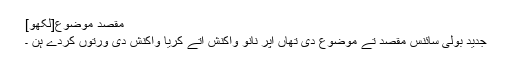
مقصد موضوع[لکھو]
جدید بولی سائنس مقصد تے موضوع دی تھاں اپر نانوَ واکنش اتے کریا واکنش دی ورتوں کردے ہن ۔